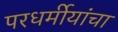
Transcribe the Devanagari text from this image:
परधर्मीयांचा